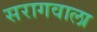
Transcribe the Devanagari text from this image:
सरागवाला